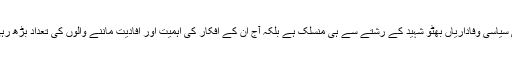
آج بھی سیاسی وفاداریاں بھٹو شہید کے رشتے سے ہی منسلک ہے بلکہ آج ان کے افکار کی اہمیت اور افادیت ماننے والوں کی تعداد بڑھ رہی ہے ۔